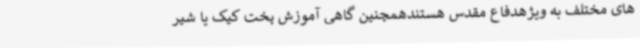
های مختلف به ویژهدفاع مقدس هستندهمچنین گاهی آموزش پخت کیک‌ یا شیر